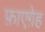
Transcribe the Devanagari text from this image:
फ़ाएग़ेह